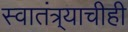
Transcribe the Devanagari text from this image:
स्वातंत्र्याचीही